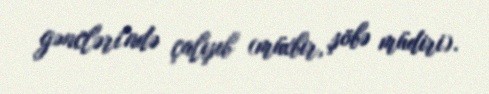
gəncləri"ndə çalışıb (müxbir, şöbə müdiri).